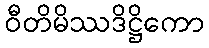
ဝီတိမိဿဒိဋ္ဌိကော